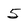
Character: 5